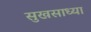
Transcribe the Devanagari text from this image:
सुखसाध्या